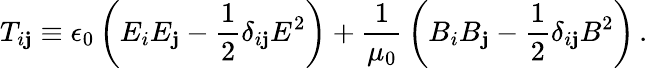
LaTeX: T_{i\mathbf{j}}\equiv\epsilon_{0}\left(E_{i}E_{\mathbf{j}}-{\frac{{1}}{{2}}}\delta_{i\mathbf{j}}E^{2}\right)+{\frac{{1}}{{\mu_{0}}}}\left(B_{i}B_{\mathbf{j}}-{\frac{{1}}{{2}}}\delta_{i\mathbf{j}}B^{2}\right)\, .